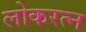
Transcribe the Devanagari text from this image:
लोकरत्न